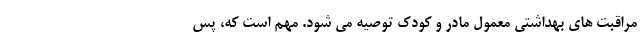
مراقبت های بهداشتی معمول مادر و کودک توصیه می شود. مهم است که، پس